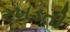
રખડતી